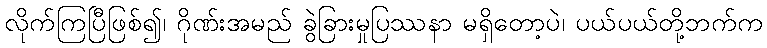
လိုက်ကြပြီဖြစ်၍၊ ဂိုဏ်းအမည် ခွဲခြားမှုပြဿနာ မရှိတော့ပဲ၊ ပယ်ပယ်တို့ဘက်က